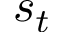
s _ { t }